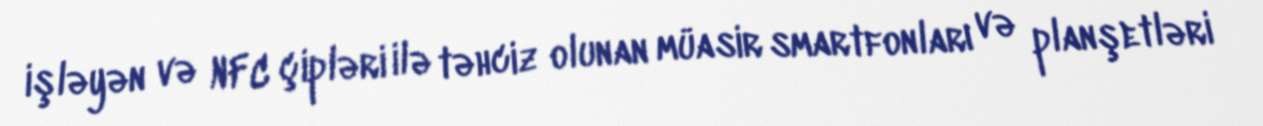
işləyən və NFC çipləri ilə təhciz olunan müasir smartfonları və planşetləri